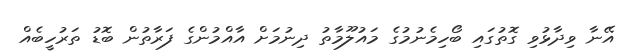
އޭނާ ވިދާޅުވި ގޮތުގައި ބޯހިމެނުމުގެ މައުލޫމާތު ދިނުމަށް އާއްމުންގެ ފަރާތުން ބޮޑު ތަރުހީބެއް